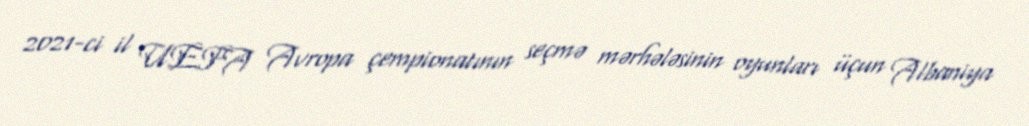
2021-ci il UEFA Avropa çempionatının seçmə mərhələsinin oyunları üçun Albaniya